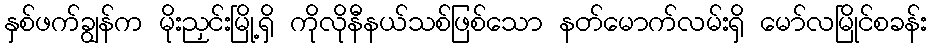
နှစ်ဖက်ချွန်က မိုးညှင်းမြို့ရှိ ကိုလိုနီနယ်သစ်ဖြစ်သော နတ်မောက်လမ်းရှိ မော်လမြိုင်စခန်း